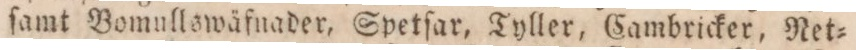
ſamt Bomullswäfnader, Spetſar, Tyller, Cambricker, Net=